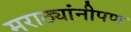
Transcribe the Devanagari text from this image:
मराठ्यांनीपण